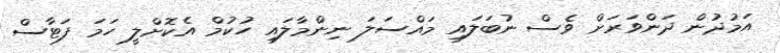
އަމުދުން ދަންވަރަށް ވެސް ނުބަލައި މައްސަލަ ނިންމާލައި ހުކުމް އެކޮށްލީ ހަމަ ފަޓާސް